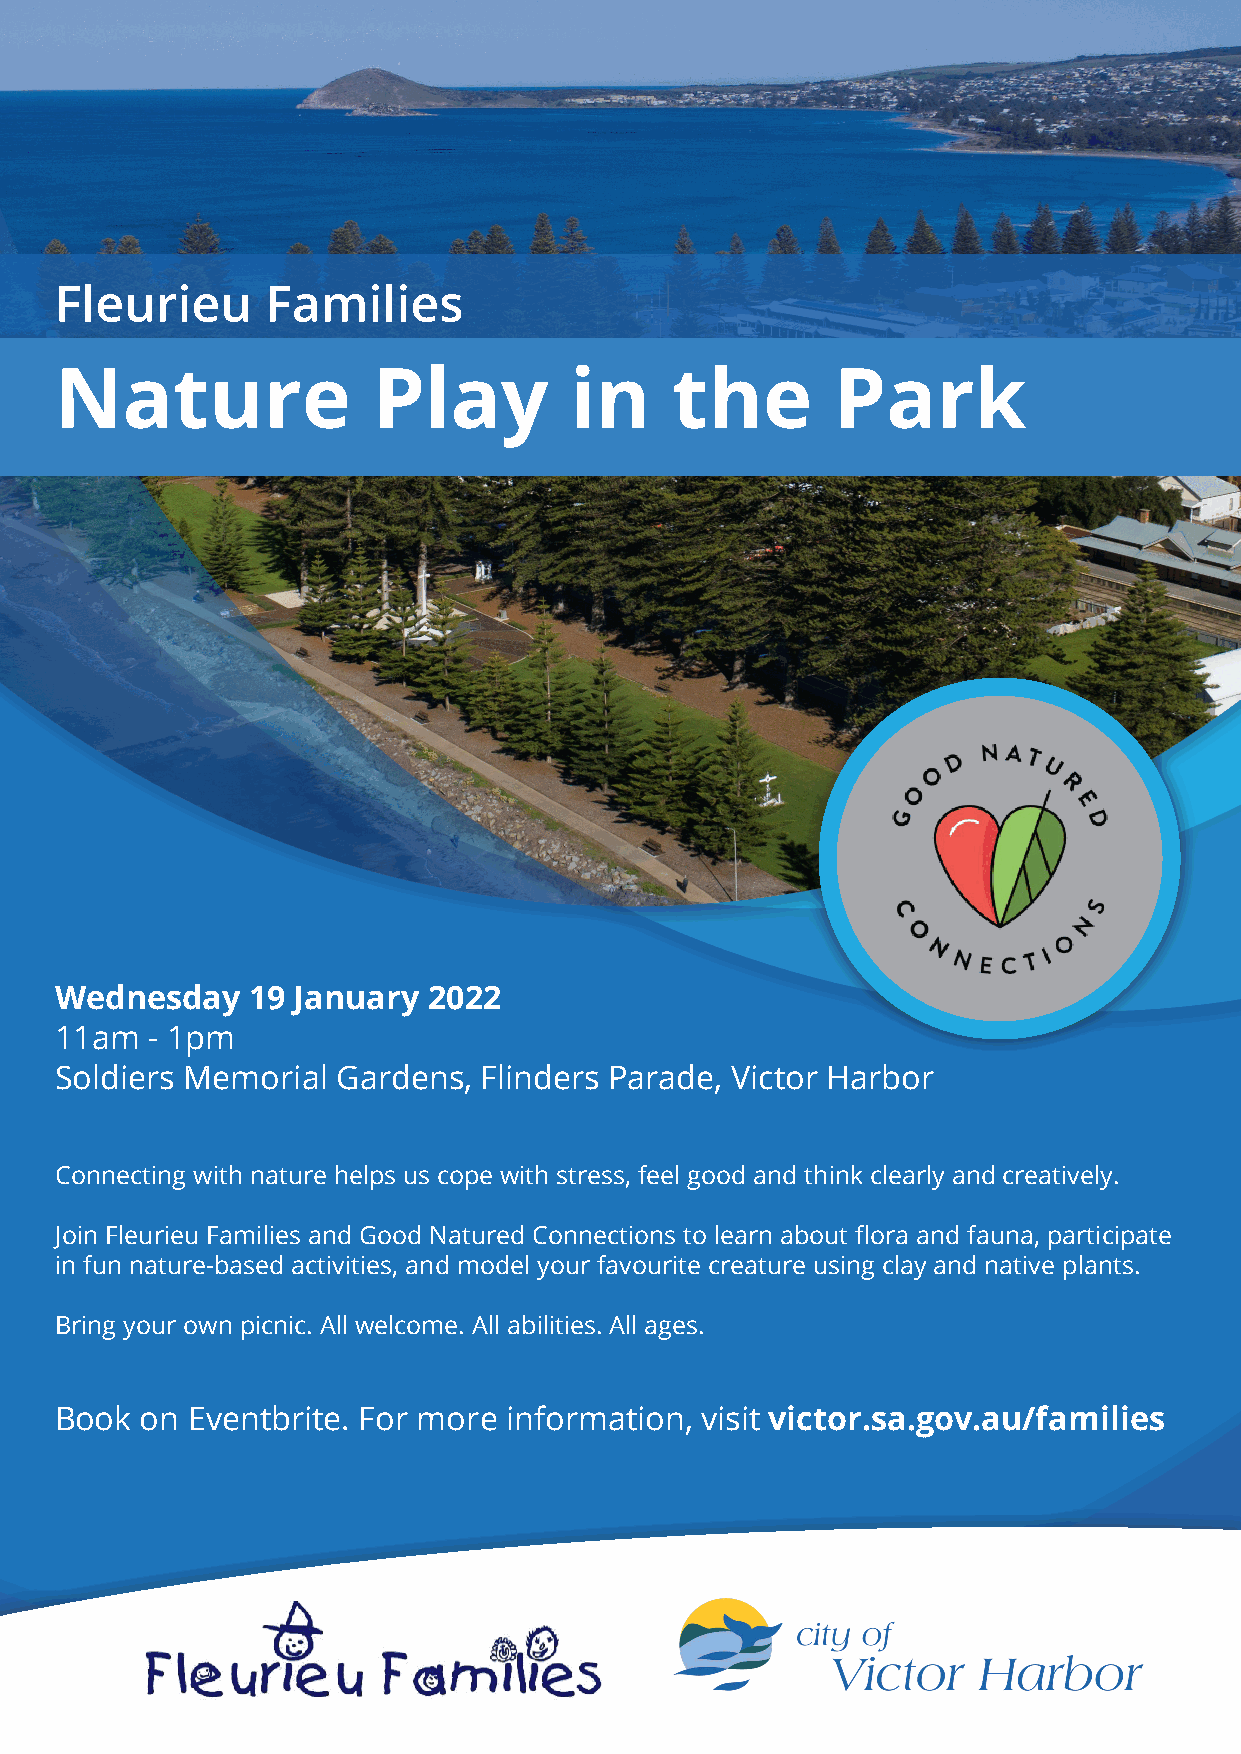
Fleurieu      Families
 Nature               Play         in    the        Park
 Wednesday   19 January  2022
 11am  - 1pm
 Soldiers Memorial Gardens,  Flinders Parade, Victor Harbor
 Connecting with nature helps us cope with stress, feel good and think clearly and creatively.
 Join Fleurieu Families and Good Natured Connections to learn about flora and fauna, participate
 in fun nature-based activities, and model your favourite creature using clay and native plants.
 Bring your own picnic. All welcome. All abilities. All ages.
 Book on Eventbrite. For more information, visit victor.sa.gov.au/families